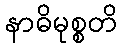
နာဓိမုစ္စတိ